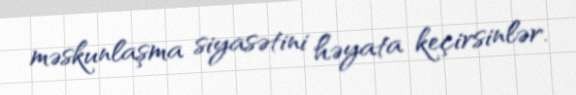
məskunlaşma siyasətini həyata keçirsinlər.